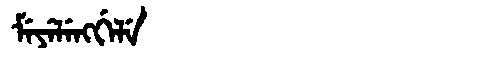
Manchu: ᠮᡝᠶᡝᠯᡝᠩᡤᡝᠯᡝ
Romanization: MEYELENGGELE